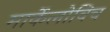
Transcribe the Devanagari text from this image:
मार्केलोविच